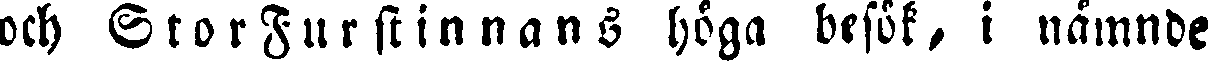
och Storfurstinnans höga besök, i nämnde